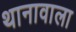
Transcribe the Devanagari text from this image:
थानावाला